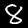
Digit: 8